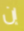
إن